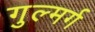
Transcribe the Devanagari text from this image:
गुल्मर्ग